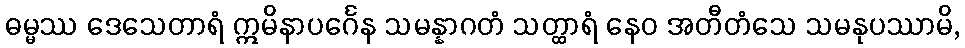
ဓမ္မဿ ဒေသေတာရံ ဣမိနာပင်္ဂေန သမန္နာဂတံ သတ္ထာရံ နေဝ အတီတံသေ သမနုပဿာမိ,